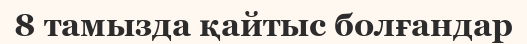
8 тамызда қайтыс болғандар